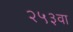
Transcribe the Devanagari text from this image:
२५३वा